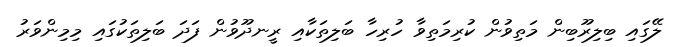
ލޭގައި ބިލިރޫބިން މަތިވުން ކުރިމަތިވާ ހުރިހާ ބަލިތަކާއި ރީނދޫވުން ފަދަ ބަލިތަކުގައި މިމިންވަރު